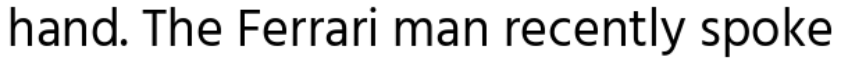
hand. The Ferrari man recently spoke